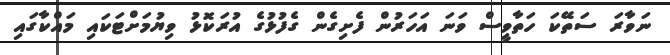
ނަވާރަ ސަތޭކަ ހަތާވީސް ވަނަ އަހަރުން ފެށިގެން ގެފުޅުގެ އުރަކޮޅު ވިޔުމަށްޓަކައި މައްކާގައި